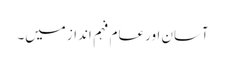
آسان اور عام فہم انداز میں۔